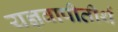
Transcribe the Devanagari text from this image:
यज्ञवापीतीर्थ